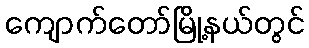
ကျောက်တော်မြို့နယ်တွင်